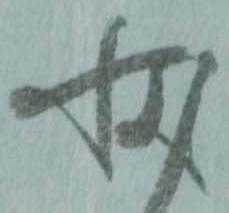
状